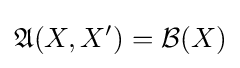
{\mathfrak {A}}(X,X')={\mathcal {B}}(X)